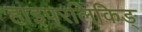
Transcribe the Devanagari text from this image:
हाइपरलिंकिङ्